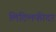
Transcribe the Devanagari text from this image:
लिटिलफीदर